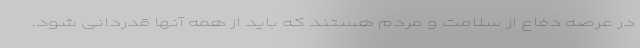
در عرصه دفاع از سلامت و مردم هستند که باید از همه آنها قدردانی شود.